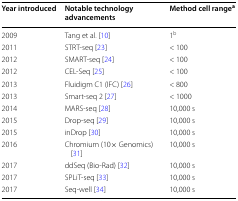
<table><thead><tr><td><b>Year introduced</b></td><td><b>Notable technology advancements</b></td><td><b>Method cell range<sup>a</sup></b></td></tr></thead><tbody><tr><td>2009</td><td>Tang et al. [10]</td><td>1<sup>b</sup></td></tr><tr><td>2011</td><td>STRT-seq [23]</td><td>&lt; 100</td></tr><tr><td>2012</td><td>SMART-seq [24]</td><td>&lt; 100</td></tr><tr><td>2012</td><td>CEL-Seq [25]</td><td>&lt; 100</td></tr><tr><td>2013</td><td>Fluidigm C1 (IFC) [26]</td><td>&lt; 800</td></tr><tr><td>2013</td><td>Smart-seq 2 [27]</td><td>&lt; 1000</td></tr><tr><td>2014</td><td>MARS-seq [28]</td><td>10,000 s</td></tr><tr><td>2015</td><td>Drop-seq [29]</td><td>10,000 s</td></tr><tr><td>2015</td><td>inDrop [30]</td><td>10,000 s</td></tr><tr><td>2016</td><td>Chromium (10× Genomics) [31]</td><td>10,000 s</td></tr><tr><td>2017</td><td>ddSeq (Bio-Rad) [32]</td><td>10,000 s</td></tr><tr><td>2017</td><td>SPLiT-seq [33]</td><td>10,000 s</td></tr><tr><td>2017</td><td>Seq-well [34]</td><td>10,000 s</td></tr></tbody></table>